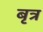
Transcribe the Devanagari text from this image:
बृत्र